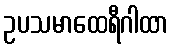
ဥပသမာထေရီဂါထာ